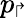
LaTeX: p_{\Rsh}